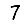
Digit: 7